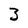
Character: 3